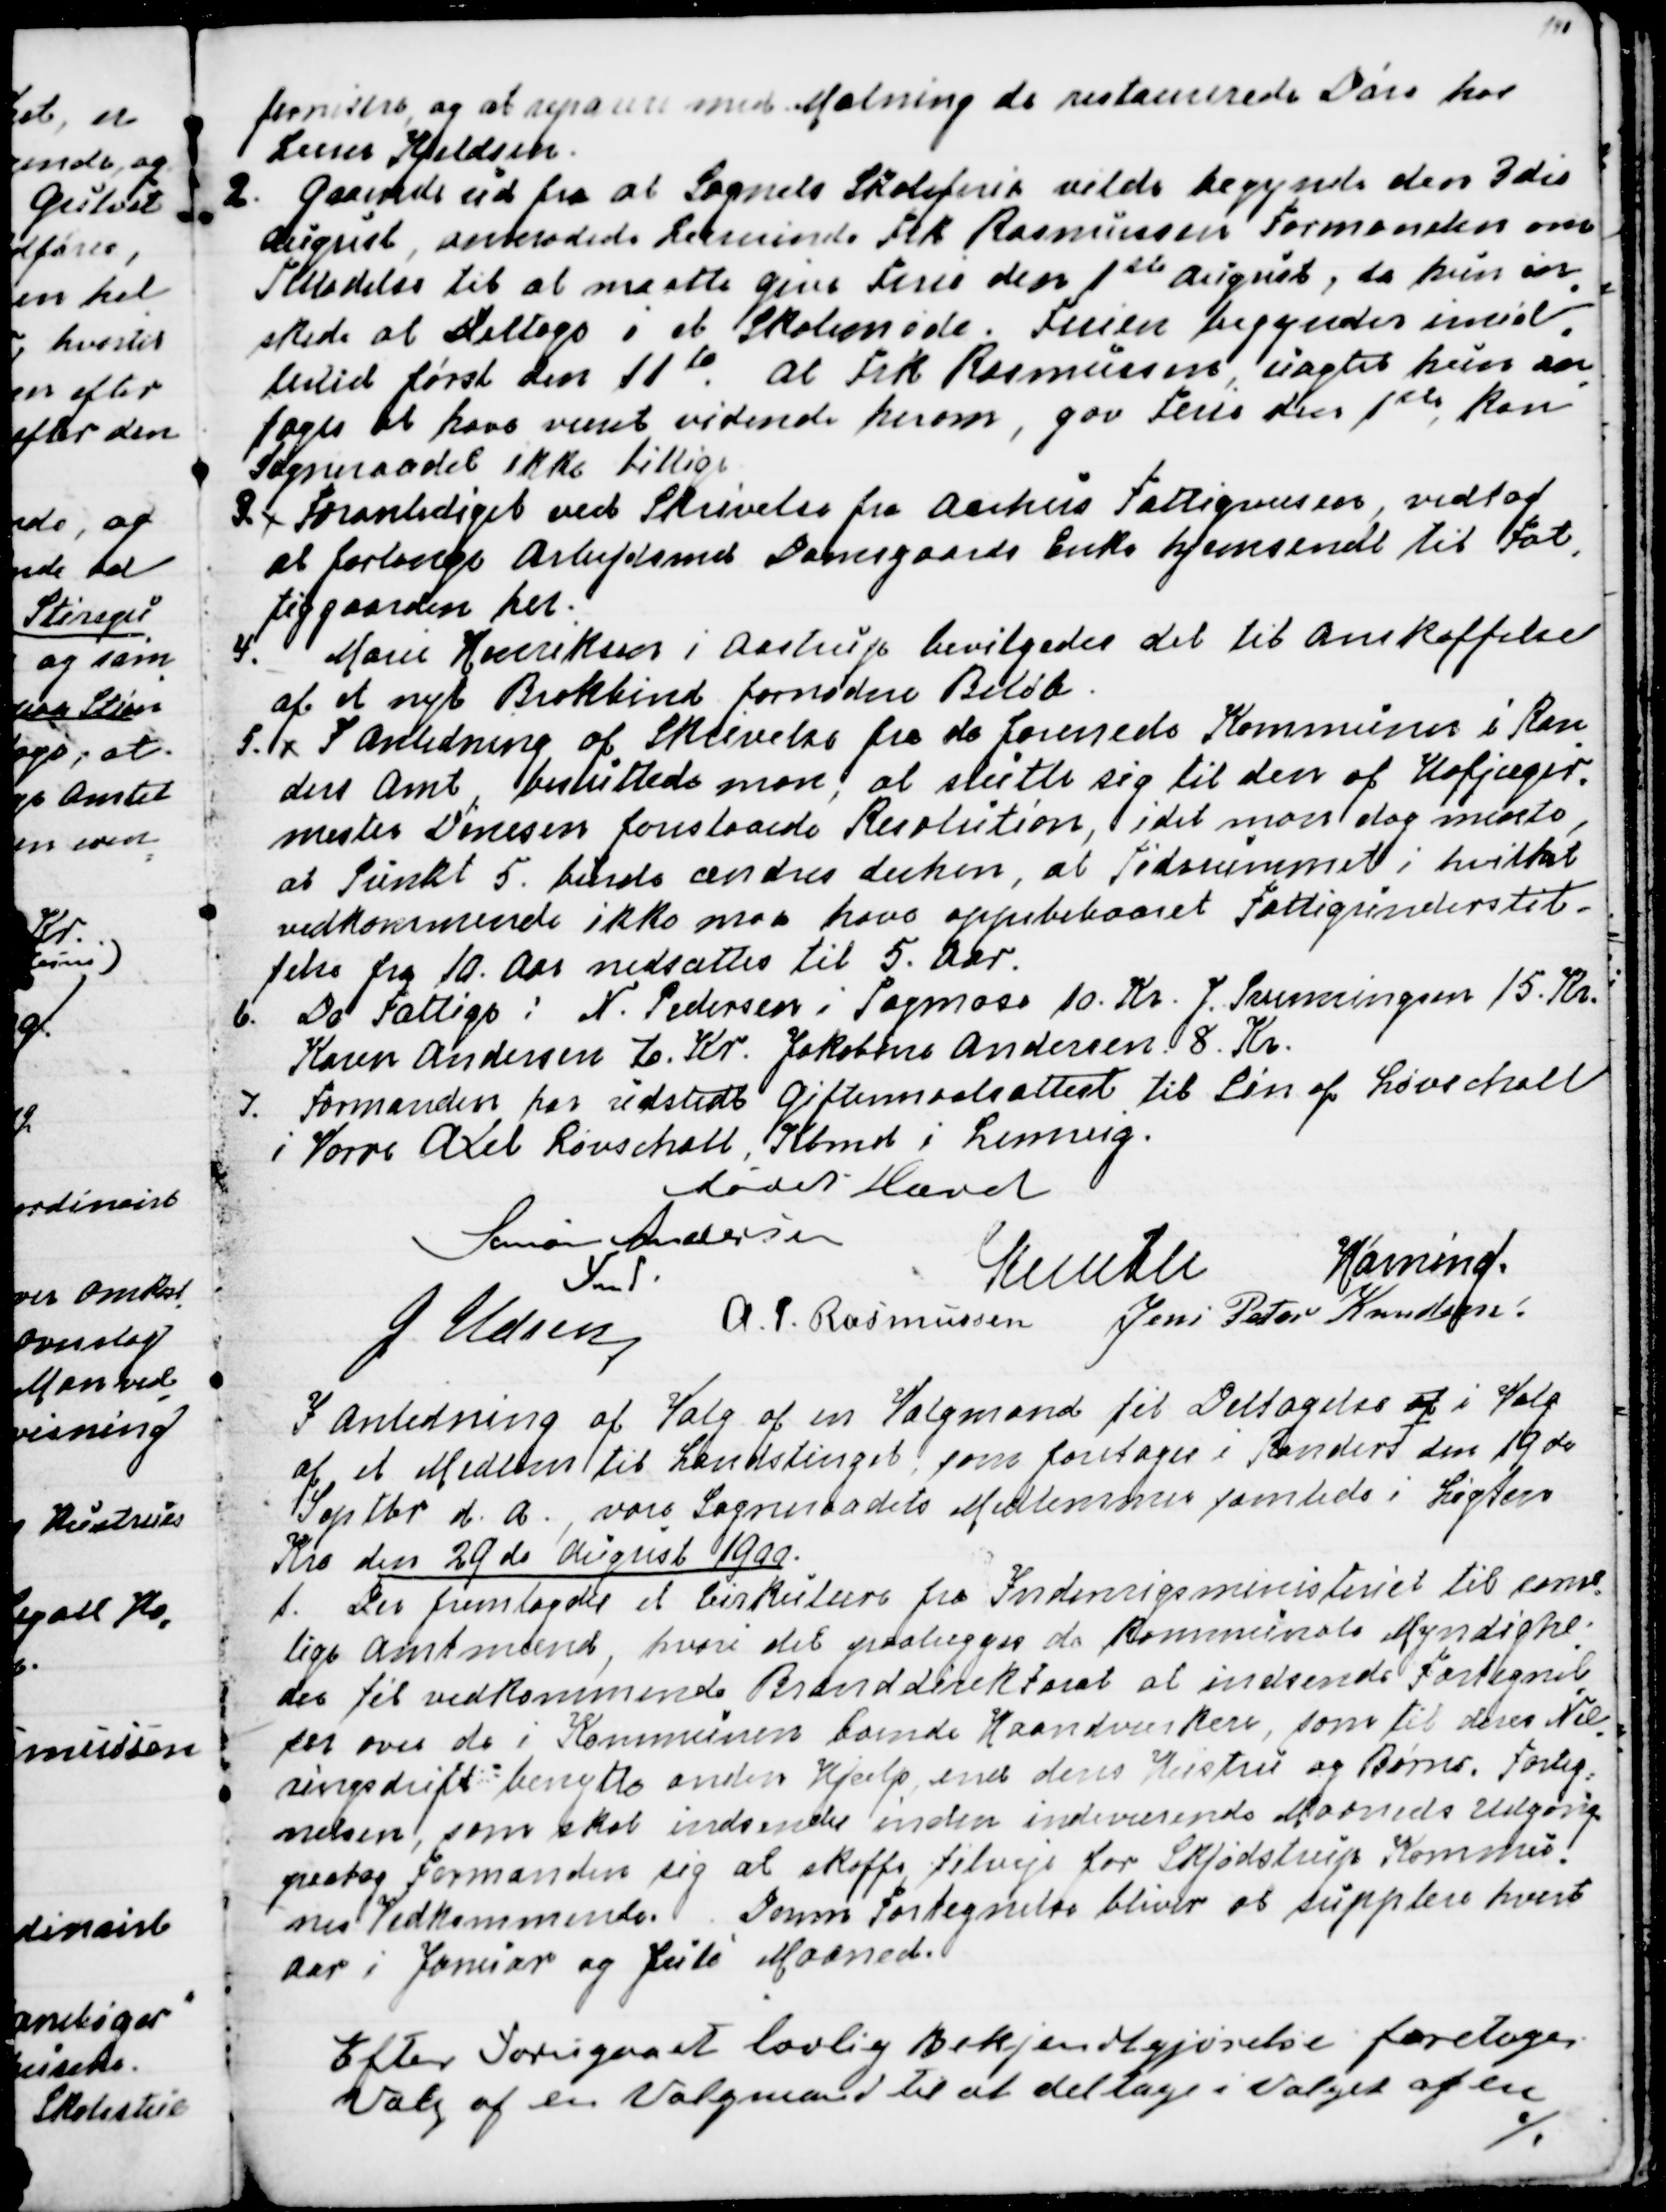
Transskription:
fernisere, og at reparere med Malning de restaurerede Døre hos
Lærer Kjeldsen.
2. Gaaende ud fra at Sognets Skoleferie vilde begynde den 3die
August, anmodede Lærerinde Frk Rasmussen Formanden om
Tilladelse til at maatte give Ferie den 1ste August, da hun øn
=
skede at deltage i et Skolemøde. Ferien begynder imid
=
lertid først den 11te . At Frk Rasmussen, uagtet hun an
=
toges at have været vidende herom, gav Ferie den 1 ste, kan
Sogneraadet ikke billige.
3. Foranlediget ved Skrivelse fra Aarhus Fattigvæsen, vedtog
at forlange Arbejdsmd Damsgaards Enke hjemsendt til Fat
=
tiggaarden her.
4.  Marie Henriksen i Aastrup bevilgedes det til Anskaffelse
af et nyt Brokbind fornødne Beløb.
5. I Anledning af Skrivelse fra de forenede Kommuner i Ran
=
ders Amt, besluttede man, at slutte sig til den af Hofjæger
=
mester Dinesen foreslaaede Resolution, idet man dog mente,
at Punkt 5. burde ændres derhen, at Tidsrummet i hvilket
vedkommende ikke maa have oppebaaret Fattigunderstøtte=
else fra 10. Aar nedsættes til 5. Aar.
6. De Fattige: N. Pedersen i Tagmose 10. Kr. J. Svenningsen 15. Kr.
Karen Andersen 10. Kr. Jakobine Andersen 8. Kr.
7. Formanden har udstedt Giftemaalsattest til Søn af Løvschall
i Vorre Axel Løvschall, Kbmd i Lemvig.
Mødet Hævet
Simon Andersen
Fmd.
Knuth
Hørning.
J Udsen
A. P. Rasmussen
Jens Peter Knudsen.

I Anledning af Valg af en Valgmand til Deltagelse af i Valg
af et Medlem til Landstinget, som foretages i Randers den 19de
Septbr d. A. vare Sogneraadets Medlemmer samlede i Løgten 
Kro den 29de August 1900.
1. Der femlagdes et Cirkulære fra Indenrigsministeriet til samt
=
lige Amtmænd, hvori det paalægges de kommunale Myndighe
=
der til vedkommende Branddirektorat at indsende Fortegnel
=
ser over de i Kommunen boende Haandværkere, som til deres Næ
=
ringsdrift benytte anden Hjælp end deres Hustru og Børns. Forteg
=
nelsen, som skal indsendes inden indeværende Maaneds Udgang
paatog Formanden sig at skaffe tilveje for Skjødstrup Kommu
=
nes Vedkommende. Denne Fortegnelse bliver at supplere hvert
Aar i Januar og Juli Maaned.
Efter forudgaaet lovlig Bekjendtgjørelse foretoges
Valg af en Valgmand til at deltage i Valget af en